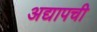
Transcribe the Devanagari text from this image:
अद्यापची